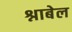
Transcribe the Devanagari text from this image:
श्नाबेल